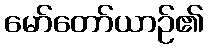
မော်တော်ယာဉ်၏